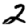
Digit: 2